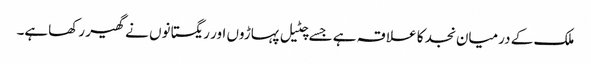
ملک کے درمیان نجد کا علا قہ ہے جسے چٹیل پہاڑوں اور ریگستانوں نے گھیر رکھاہے۔